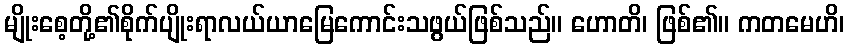
မျိုးစေ့တို့၏စိုက်ပျိုးရာလယ်ယာမြေကောင်းသဖွယ်ဖြစ်သည်။ ဟောတိ၊ ဖြစ်၏။ ကတမေဟိ၊